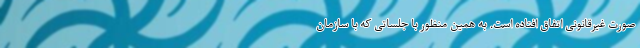
صورت غیرقانونی اتفاق افتاده است. به همین منظور با جلساتی که با سازمان